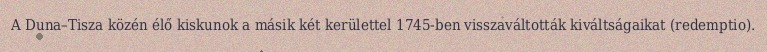
A Duna–Tisza közén élő kiskunok a másik két kerülettel 1745-ben visszaváltották kiváltságaikat (redemptio).